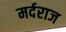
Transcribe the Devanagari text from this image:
मर्दराज